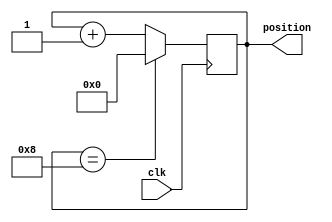
module position_generator (clk,position);
	input clk;
	output[3:0] position;
	reg[3:0] position;
	always @(posedge clk) begin
		if (position == 8)
			position = 0;
		else
			position = position+1;
	end
endmodule